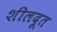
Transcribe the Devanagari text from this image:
शीलदूत